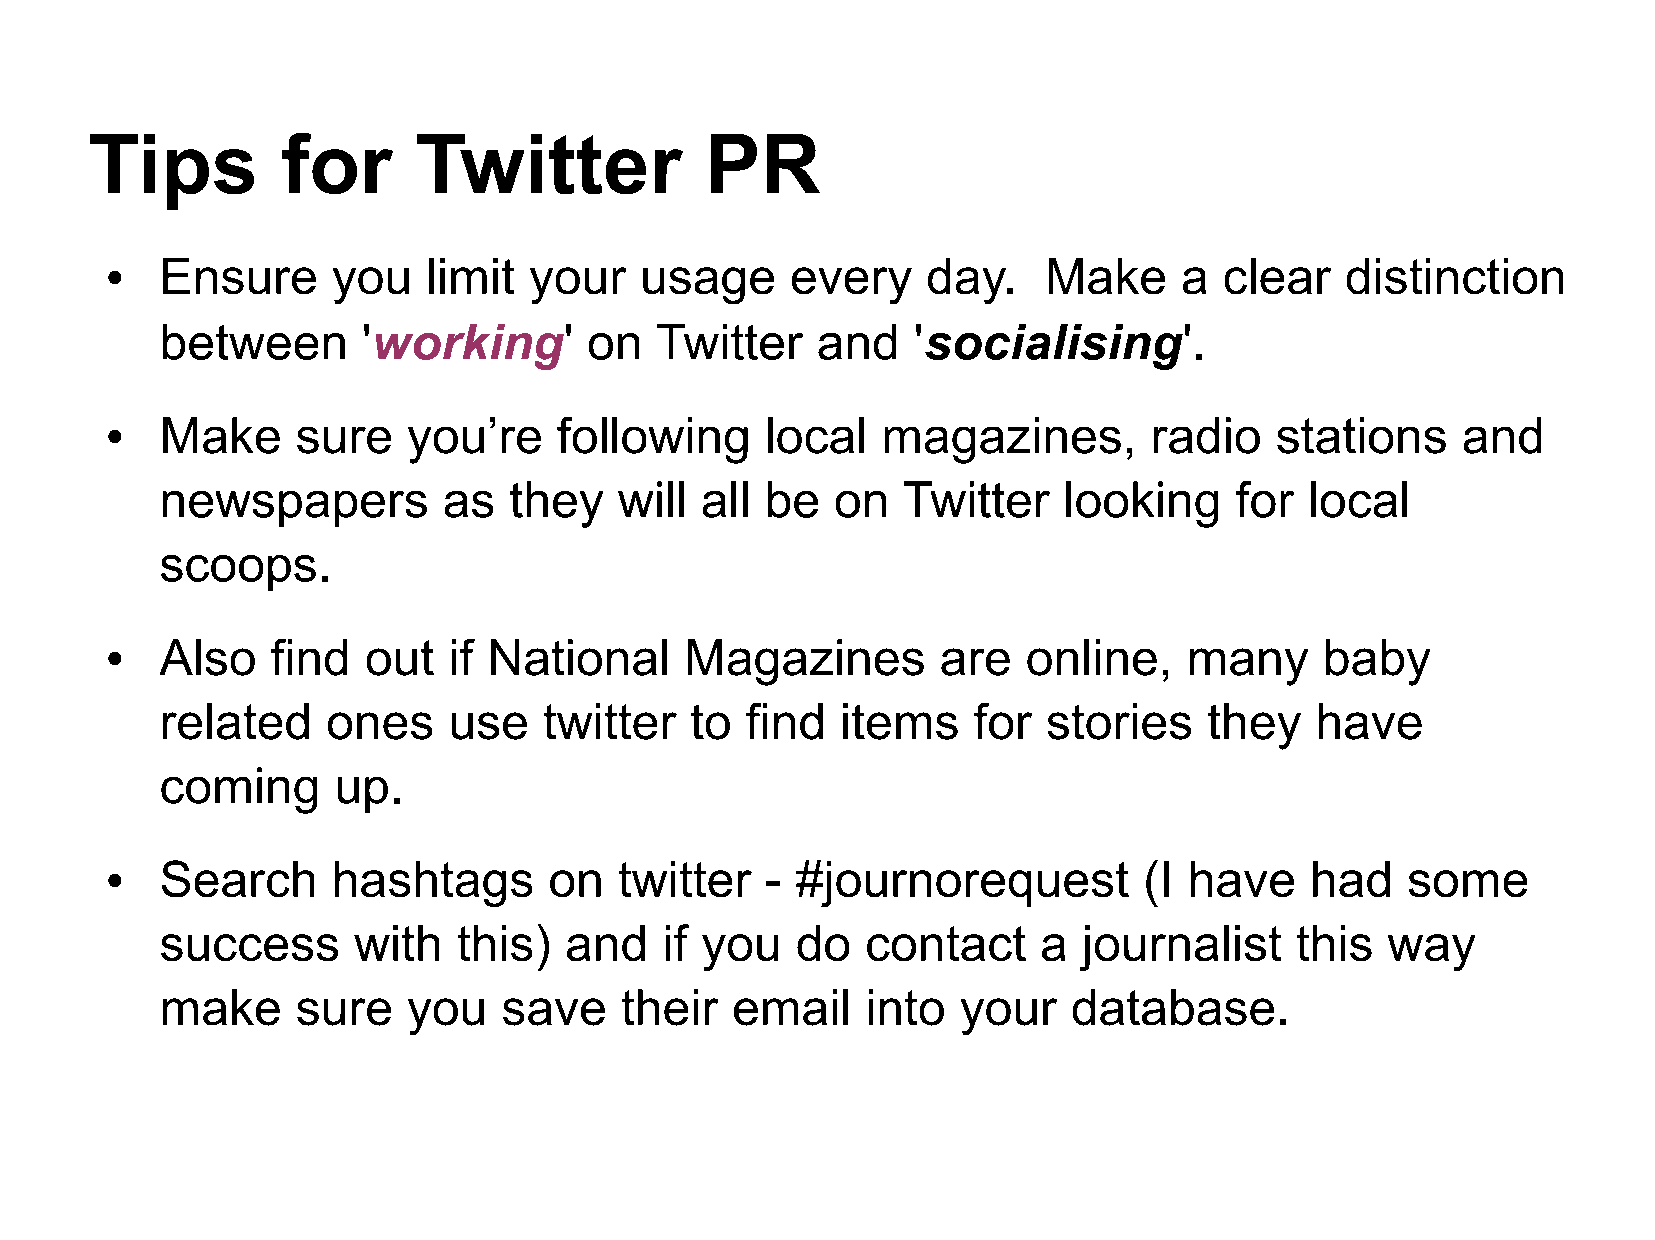
Tips         for     Twitter             PR
 Ensure     you   limit  your   usage     every    day.    Make     a  clear   distinction
 ●
 between      'working'      on  Twitter    and   'socialising'.
 Make     sure   you’re    following     local  magazines,        radio   stations     and
 ●
 newspapers        as   they   will all  be  on   Twitter   looking     for  local
 scoops.
 Also   find  out   if National    Magazines        are   online,    many     baby
 ●
 related    ones    use   twitter   to find   items   for  stories    they   have
 coming     up.
 Search     hashtags      on   twitter   - #journorequest         (I have    had   some
 ●
 success     with   this)  and    if you   do  contact     a  journalist    this  way
 make     sure   you   save    their  email    into   your   database.